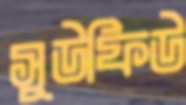
সুউফিউ